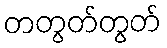
တတွတ်တွတ်